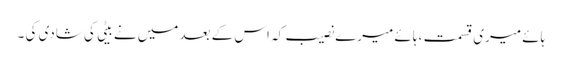
ہائے میری قسمت ، ہائے میرے نصیب کہ اس کے بعد میں نے بیٹی کی شادی کی ۔